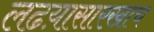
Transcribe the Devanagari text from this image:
लढय़ासारखाच